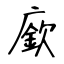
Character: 廞